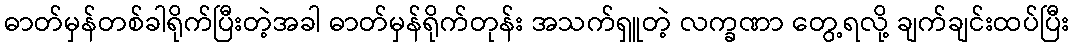
ဓာတ်မှန်တစ်ခါရိုက်ပြီးတဲ့အခါ ဓာတ်မှန်ရိုက်တုန်း အသက်ရှူတဲ့ လက္ခဏာ တွေ့ရလို့ ချက်ချင်းထပ်ပြီး